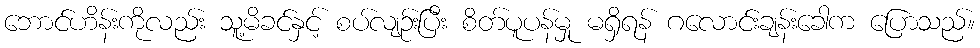
ဘောင်ဟိန်းကိုလည်း သူ့မိခင်နှင့် စပ်လျဉ်းပြီး စိတ်ပူပန်မှု မရှိရန် ဂလောင်းချန်းခေါက ပြောသည်။